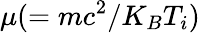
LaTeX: \mu(=mc^{2}/K_{B}T_{i})